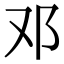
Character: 邓